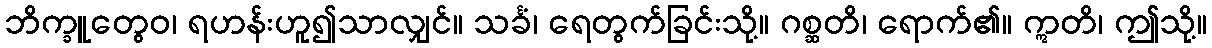
ဘိက္ခူတွေဝ၊ ရဟန်းဟူ၍သာလျှင်။ သင်္ခံ၊ ရေတွက်ခြင်းသို့။ ဂစ္ဆတိ၊ ရောက်၏။ ဣတိ၊ ဤသို့။